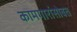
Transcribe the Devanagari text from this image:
कामगारांसोबत